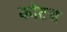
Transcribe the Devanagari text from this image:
कोटच